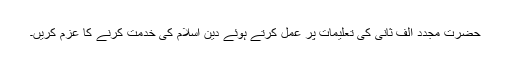
حضرت مجدد الف ثانیؒ کی تعلیمات پر عمل کرتے ہوئے دین اسلام کی خدمت کرنے کا عزم کریں۔